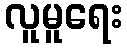
လူမူရေး